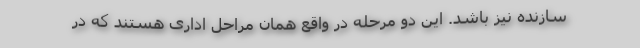
سازنده نیز باشد. این دو مرحله در واقع همان مراحل اداری هستند که در